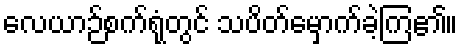
လေယာဉ်စက်ရုံတွင် သပိတ်မှောက်ခဲ့ကြ၏။